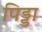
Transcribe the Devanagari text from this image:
पिड्डा